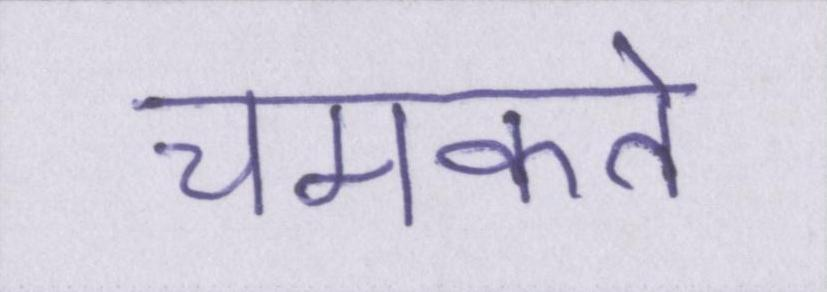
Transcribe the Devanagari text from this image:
चमकते